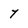
Character: 7